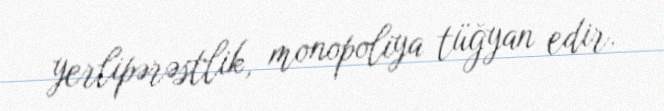
yerlipərəstlik, monopoliya tüğyan edir.